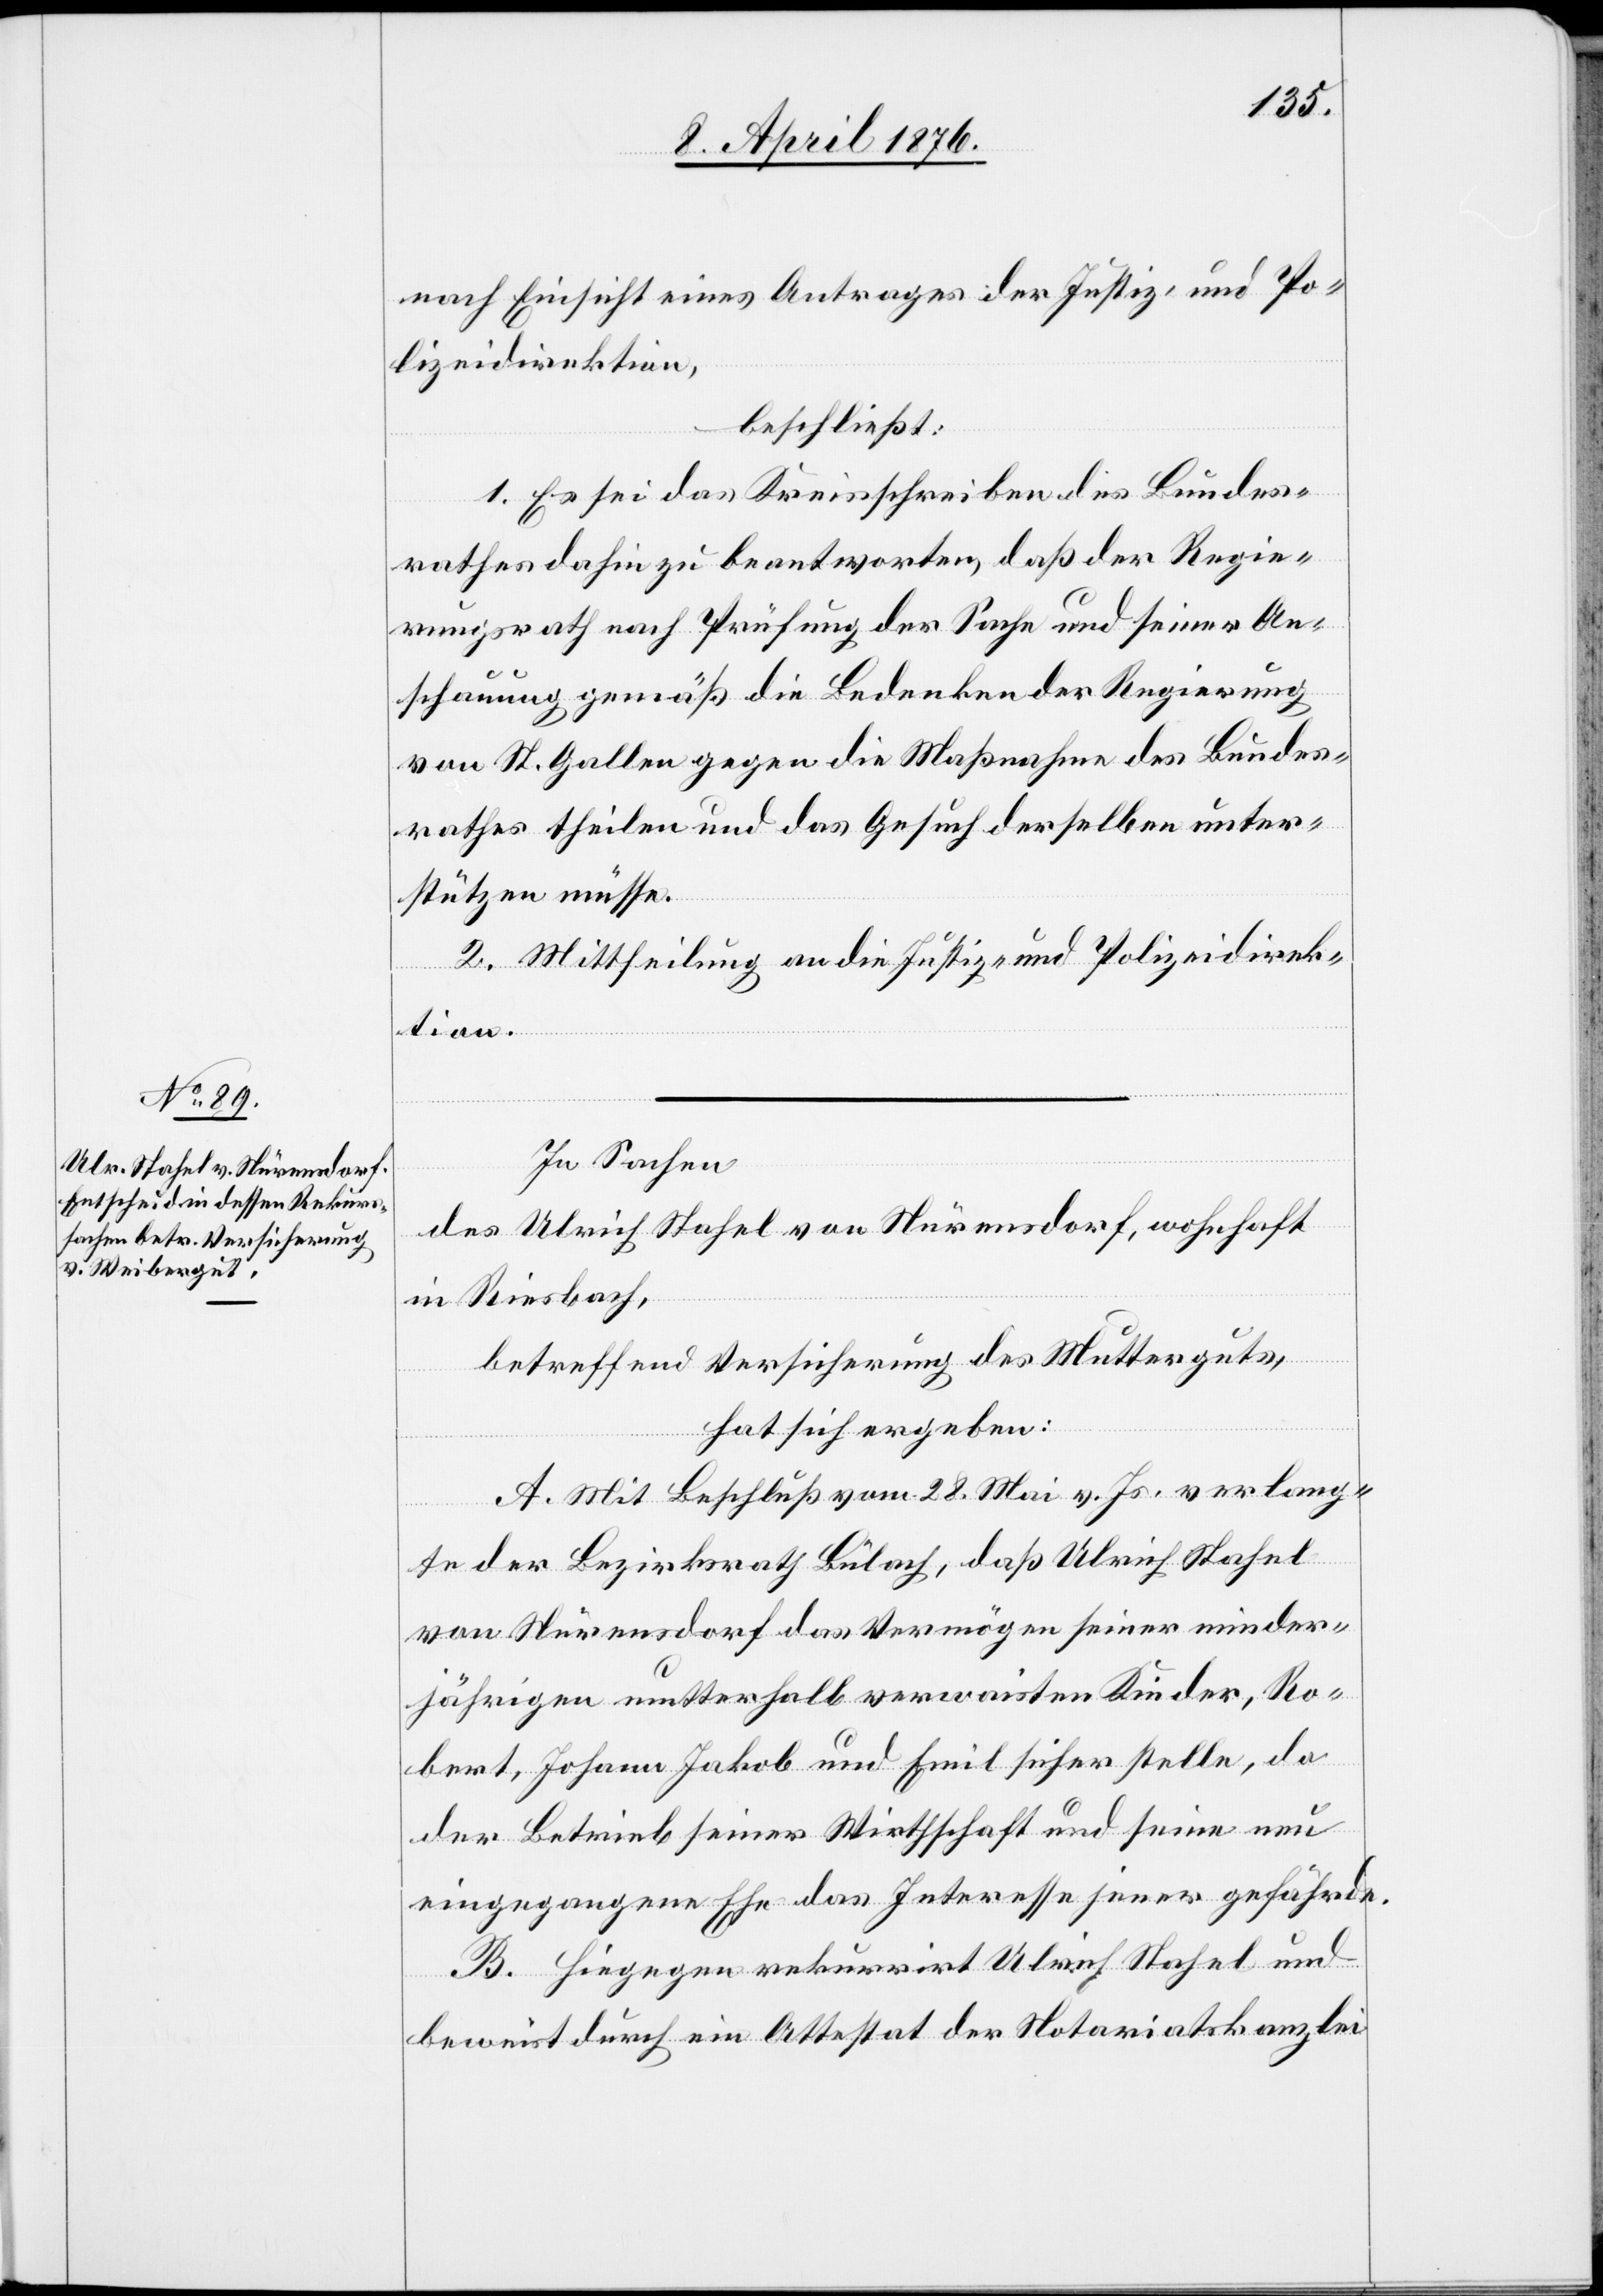
nach Einsicht eines Antrages der Justiz- und Po¬
lizeidirektion,
beschließt:
1. Es sei das Kreisschreiben des Bundes¬
rathes dahin zu beantworten, daß der Regie¬
rungsrath nach Prüfung der Sache und seiner An¬
schauung gemäß die Bedenken der Regierung
von St. Gallen gegen die Maßnahme des Bundes¬
rathes theilen und das Gesuch derselben unter¬
stützen müsse.
2. Mittheilung an die Justiz- und Polizeidirek¬
tion.
In Sachen,
des Ulrich Stahel von Nürensdorf, wohnhaft
in Riesbach,
betreffend Versicherung des Mutterguts,
hat sich ergeben:
A. Mit Beschluß vom 28. Mai v. Js. verlang¬
te der Bezirksrath Bülach, daß Ulrich Stahel
von Nürensdorf das Vermögen seiner minder¬
jährigen mutterhalb verwaisten Kinder, Ro¬
bert, Johann Jakob und Emil sicher stelle, da
der Betrieb seiner Wirthschaft und seine neu
eingegangene Ehe das Interesse jener gefährde.
B. Hingegen rekurrirt Ulrich Stahel und
beweist durch ein Attestat der Notariatskanzlei